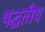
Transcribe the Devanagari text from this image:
पद्धतीय